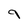
Character: 9